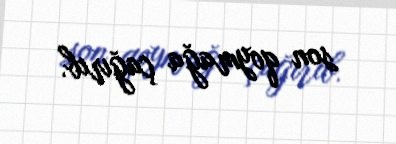
son qoymağa çağırıb.